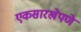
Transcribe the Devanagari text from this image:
एकसारखेपणे